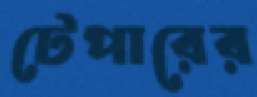
টেপারের